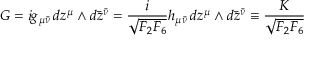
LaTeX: G = i g _ { \mu \bar { \nu } } \, d z ^ { \mu } \wedge d \bar { z } ^ { \bar { \nu } } = { \frac { i } { \sqrt { F _ { 2 } F _ { 6 } } } } h _ { \mu \bar { \nu } } \, d z ^ { \mu } \wedge d \bar { z } ^ { \bar { \nu } } \equiv { \frac { K } { \sqrt { F _ { 2 } F _ { 6 } } } }